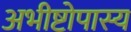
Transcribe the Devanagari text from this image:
अभीष्टोपास्य